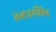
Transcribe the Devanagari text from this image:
लेक्चरशिप